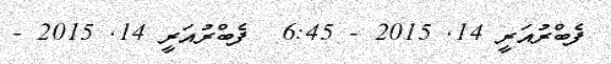
ފެބްރުއަރީ 14